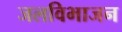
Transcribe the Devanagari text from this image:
जलविभाजन